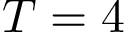
T = 4